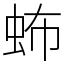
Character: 𧉩